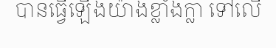
បានធ្វើឡើងយ៉ាងខ្លាំងក្លា ទៅលើ